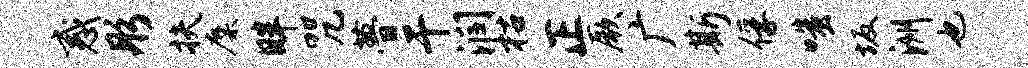
惑彤扶麋畔咒瞢干润枯正厥广斯俘嗤坂洲也